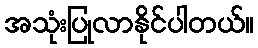
အသုံးပြုလာနိုင်ပါတယ်။